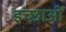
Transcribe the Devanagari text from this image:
इच्छाआें